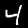
Digit: 4